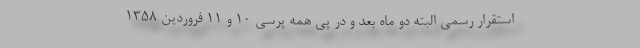
استقرار رسمی البته دو ماه بعد و در پی همه پرسی 10 و 11 فروردین 1358